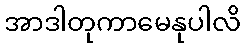
အာဒါတုကာမေနုပါလိ